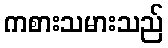
ကစားသမားသည်